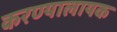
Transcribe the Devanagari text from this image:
करण्यालायक